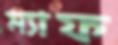
ম্যাফ